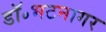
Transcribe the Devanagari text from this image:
डॉ॰भटनागर